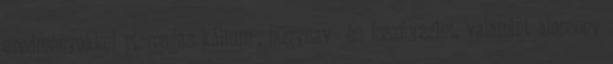
eredményekkel pl. magas kálium-, húgysav- és foszforszint, valamint alacsony